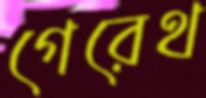
গেরেথ